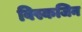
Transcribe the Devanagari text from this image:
विस्कजिन